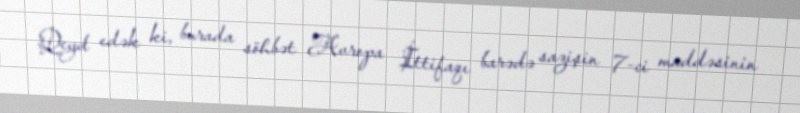
Qeyd edək ki, burada söhbət Avropa İttifaqı barədə sazişin 7-ci maddəsinin